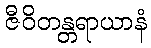
ဇီဝိတန္တရာယာနံ